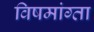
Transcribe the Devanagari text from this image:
विषमांग्ता